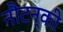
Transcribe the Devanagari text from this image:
नौटन्की